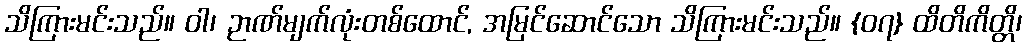
သိကြားမင်းသည်။ ဝါ၊ ဉာဏ်မျက်လုံးတစ်ထောင်, အမြင်ဆောင်သော သိကြားမင်းသည်။ {၀၇} ထိတိကိတ္တိ၊